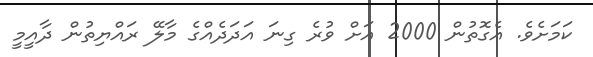
ކަމަށެވެ. އެގޮތުން 2000 އަށް ވުރެ ގިނަ އަދަދެއްގެ މާލޭ ރައްޔިތުން ދާއީމީ